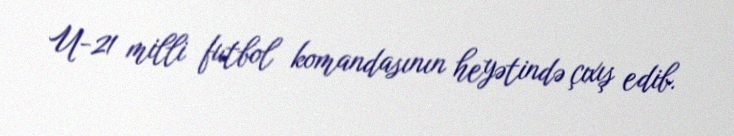
U-21 milli futbol komandasının heyətində çıxış edib.